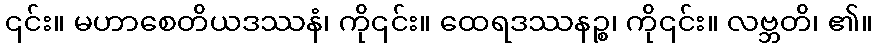
၎င်း။ မဟာစေတိယဒဿနံ၊ ကို၎င်း။ ထေရဒဿနဉ္စ၊ ကို၎င်း။ လဗ္ဘတိ၊ ၏။